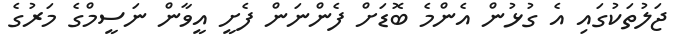
ޖަލުތަކުގައި އެ ގުޅުން އެންމެ ބޮޑަށް ފެންނަން ފެށީ އީވާން ނަސީމްގެ މަރުގެ